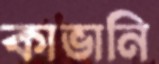
কাভানি